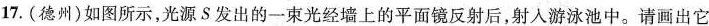
17.(德州)如图所示，光源S发出的一束光经墙上的平面镜反射后，射入游泳池中。请画出它